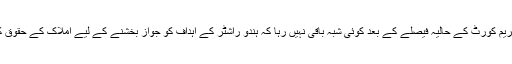
اس انہدام سے متعلق سپریم کورٹ کے حالیہ فیصلے کے بعد کوئی شبہ باقی نہیں رہا کہ ہندو راشٹر کے اہداف کو جواز بخشنے کے لیے املاک کے حقوق کو بدلا بھی جاسکتا ہے۔